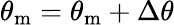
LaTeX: \theta_{\mathrm{{m}}}=\theta_{\mathrm{{m}}}+\Delta\theta